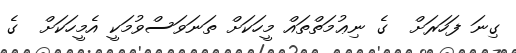
ގިނަ ފަހަރަށް  ގެ ނިޢުމަތްތައް މީހަކަށް ތަނަވަސްވުމަކީ އެމީހަކަށް  ގެ